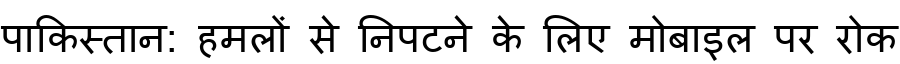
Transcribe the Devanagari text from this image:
पाकिस्तान: हमलों से निपटने के लिए मोबाइल पर रोक